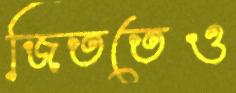
জিততেও